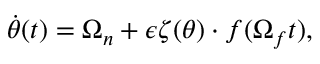
\dot { \theta } ( t ) = \Omega _ { n } + \epsilon \boldsymbol { \zeta } ( \theta ) \cdot \boldsymbol { f } ( \Omega _ { f } t ) ,